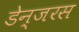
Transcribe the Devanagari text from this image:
डेन्जरस